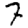
Digit: 7